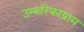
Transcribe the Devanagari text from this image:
उम्बरिकाग्राम